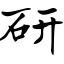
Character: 研